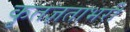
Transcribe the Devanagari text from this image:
कृतज्ञताभरी